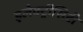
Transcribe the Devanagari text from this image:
इलेक्ट्रीसिटी